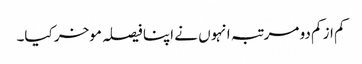
کم از کم دو مرتبہ انہوں نے اپنا فیصلہ موخر کیا۔